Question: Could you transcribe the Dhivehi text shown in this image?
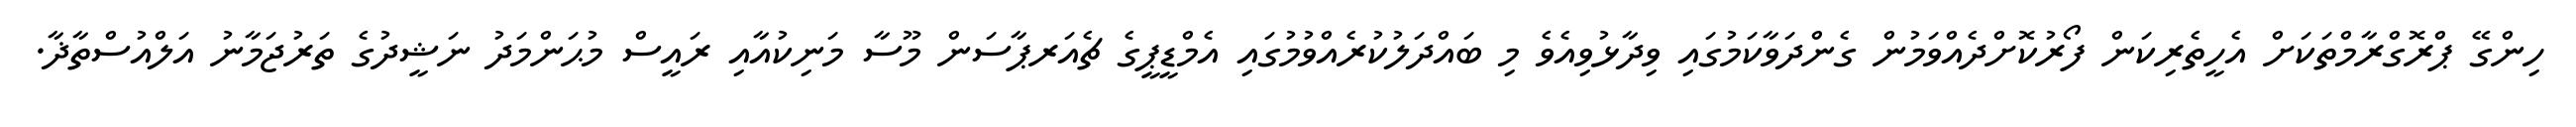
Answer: ހިންގޭ ޕްރޮގްރާމްތަކަށް އެހީތެރިކަން ފޯރުކޮށްދެއްވަމުން ގެންދަވާކަމުގައި ވިދާޅުވިއެވެ މި ބައްދަލުކުރެއްވުމުގައި އެމްޑީޕީގެ ޗެއަރޕާސަން މޫސާ މަނިކުއާއި ރައީސް މުޙަންމަދު ނަޝީދުގެ ތަރުޖަމާނު އަލްއުސްތާޛާ.